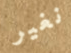
نغير